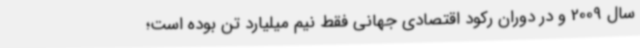
سال 2009 و در دوران رکود اقتصادی جهانی فقط نیم میلیارد تن بوده است؛